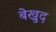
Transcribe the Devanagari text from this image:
बेखुद